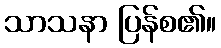
သာသနာ ပြန်စ၏။